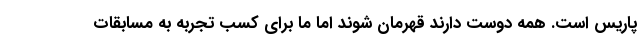
پاریس است. همه دوست دارند قهرمان شوند اما ما برای کسب تجربه به مسابقات